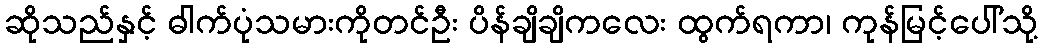
ဆိုသည်နှင့် ဓါက်ပုံသမားကိုတင်ဦး ပိန်ချိချိကလေး ထွက်ရကာ၊ ကုန်မြင့်ပေါ်သို့